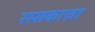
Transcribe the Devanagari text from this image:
रस्सकाज़ा